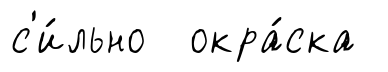
с'и́льно окра́ска